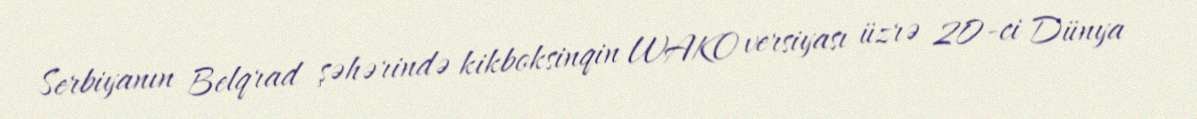
Serbiyanın Belqrad şəhərində kikboksinqin WAKO versiyası üzrə 20-ci Dünya